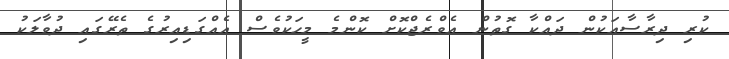
ކުރި ދިރާސާއަކުން ދައްކާ ގޮތުން އެވްރެޖްކޮށް ކޮންމެ މީހަކުވެސް އެއްގަޑިއިރުގެ ތެރޭގައި ދުވާލަކު